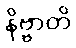
နိဗ္ဗာတိ